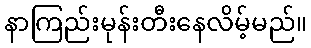
နာကြည်းမုန်းတီးနေလိမ့်မည်။